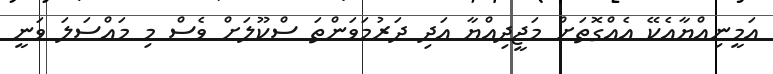
އަމީނިއްޔާއެކޭ އެއްގޮތަށް މަޖީދިއްޔާ އަދި ދަރުމަވަންތަ ސްކޫލަށް ވެސް މި މައްސަލަ ވަނީ